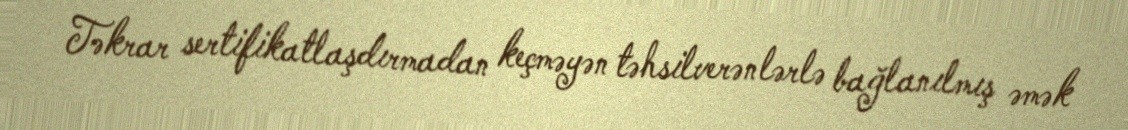
Təkrar sertifikatlaşdırmadan keçməyən təhsilverənlərlə bağlanılmış əmək